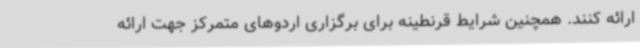
ارائه کنند. همچنین شرایط قرنطینه برای برگزاری اردوهای متمرکز جهت ارائه